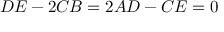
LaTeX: D E - 2 C B = 2 A D - C E = 0